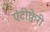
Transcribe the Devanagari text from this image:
एंटीक्वेरी